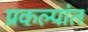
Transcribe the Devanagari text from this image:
प्रकल्पांत